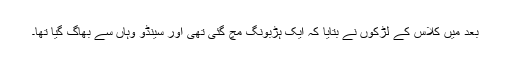
بعد میں کلاس کے لڑکوں نے بتایا کہ ایک ہڑبونگ مچ گئی تھی اور سینڈو وہاں سے بھاگ گیا تھا۔